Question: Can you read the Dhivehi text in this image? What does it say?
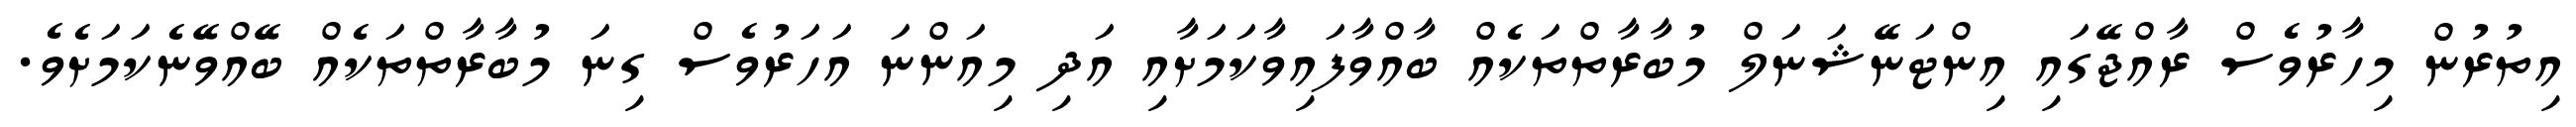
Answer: އިތުރުން މިހާރުވެސް ރާއްޖޭގައި އިންޓަނޭޝަނަލް މުބާރާތްތަކެއް ބާއްވާފައިވާކަމަށާއި އަދި މިއަންނަ އަހަރުވެސް ގިނަ މުބާރާތްތަކެއް ބޭއްވޭނެކަމަށެވެ.